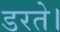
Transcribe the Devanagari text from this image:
डरते।